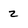
Character: 2